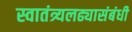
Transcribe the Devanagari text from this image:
स्वातंत्र्यलढ्यासंबंधी